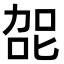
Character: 㖙